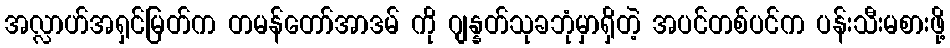
အလ္လာဟ်အရှင်မြတ်က တမန်တော်အာဒမ် ကို ဂျန္နတ်သုခဘုံမှာရှိတဲ့ အပင်တစ်ပင်က ပန်းသီးမစားဖို့